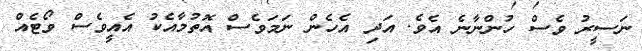
ނަސީރު ވެސް ހުންނާނެ އެވެ. އަދި އެހެން ނަމަވެސް އޮތުމާއެކު އެއީވެސް ވޯޓެއް